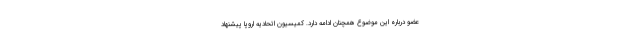
عضو درباره این موضوع همچنان ادامه دارد. کمیسیون اتحادیه اروپا پیشنهاد